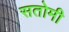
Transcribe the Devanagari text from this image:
सतोमी